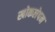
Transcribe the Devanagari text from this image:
खोकलेपन